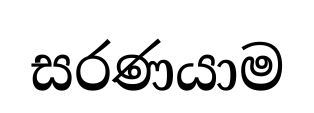
සරණයාම